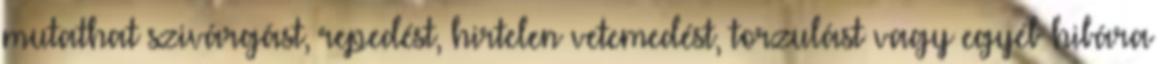
mutathat szivárgást, repedést, hirtelen vetemedést, torzulást vagy egyéb hibára